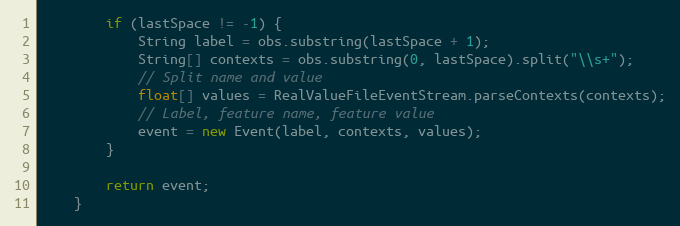
Language: Java
        if (lastSpace != -1) {
            String label = obs.substring(lastSpace + 1);
            String[] contexts = obs.substring(0, lastSpace).split("\\s+");
            // Split name and value
            float[] values = RealValueFileEventStream.parseContexts(contexts);
            // Label, feature name, feature value
            event = new Event(label, contexts, values);
        }

        return event;
    }